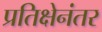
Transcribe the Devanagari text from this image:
प्रतिक्षेनंतर